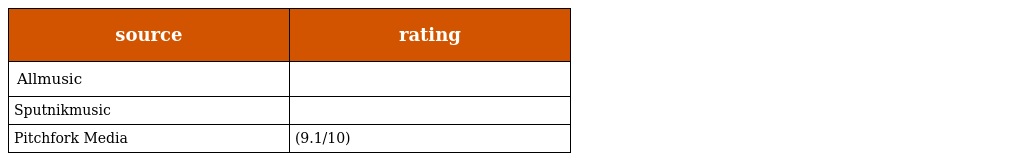
| source | rating |
 | --- | --- |
 | Allmusic |  |
 | Sputnikmusic |  |
 | Pitchfork Media | (9.1/10) |